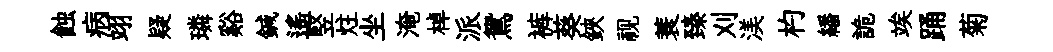
蝕病翊疑璘谿鍼遥竪炷坐淹棹派鴛裤葵鋏视蓑臻刈渼杓繙詭竢踊菊